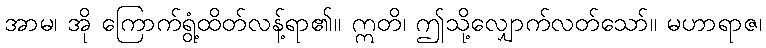
အာမ၊ အို ကြောက်ရွံ့ထိတ်လန့်ရာ၏။ ဣတိ၊ ဤသို့လျှောက်လတ်သော်။ မဟာရာဇ၊